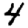
Digit: 4